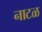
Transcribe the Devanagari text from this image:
नाटळ